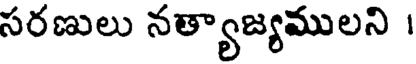
సరణులు నత్యాజ్యములని